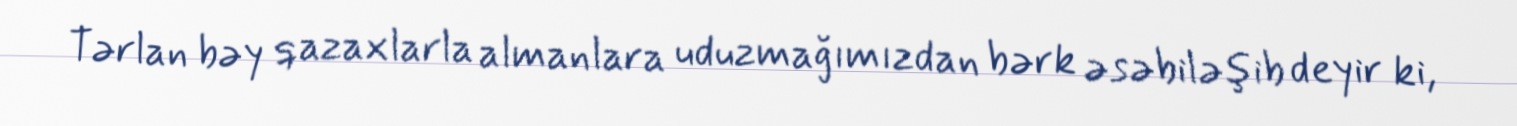
Tərlan bəy qazaxlarla almanlara uduzmağımızdan bərk əsəbiləşib deyir ki,